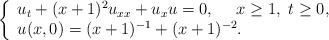
LaTeX: \begin{align*} \left\{ \begin{array}{l} u_{t}+(x+1)^2 u_{xx}+u_{x}u=0,\ \ \ \ x\geq 1,\ t\geq 0,\\ u(x,0)=(x+1)^{-1}+(x+1)^{-2}. \end{array} \right. \end{align*}